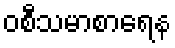
ဝစီသမာစာရေန